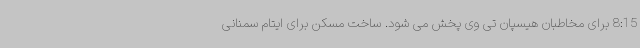
8:15 برای مخاطبان هیسپان تی وی پخش می شود. ساخت مسکن برای ایتام سمنانی